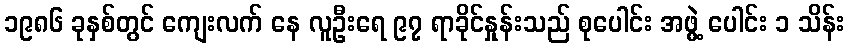
၁၉၈၆ ခုနှစ်တွင် ကျေးလက် နေ လူဦးရေ ၉၇ ရာခိုင်နှုန်းသည် စုပေါင်း အဖွဲ့ ပေါင်း ၁ သိန်း